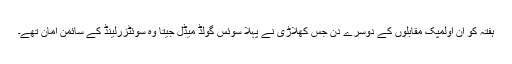
ہفتہ کو ان اولمپک مقابلوں کے دوسرے دن جس کھلاڑی نے پہلا سوئس گولڈ میڈل جیتا وہ سوئٹزرلینڈ کے سائمن امان تھے۔